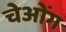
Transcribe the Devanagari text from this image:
चेओंग